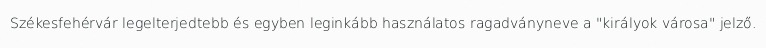
Székesfehérvár legelterjedtebb és egyben leginkább használatos ragadványneve a "királyok városa" jelző.